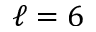
\ell = 6